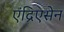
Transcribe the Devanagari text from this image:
एंद्रिएसेन